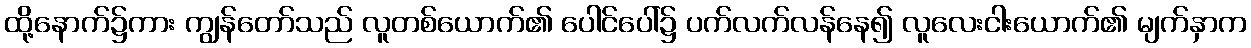
ထို့နောက်၌ကား ကျွန်တော်သည် လူတစ်ယောက်၏ ပေါင်ပေါ်၌ ပက်လက်လန်နေ၍ လူလေးငါးယောက်၏ မျက်နှာက